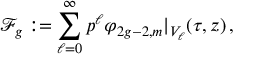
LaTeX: \mathcal { F } _ { g } : = \sum _ { \ell = 0 } ^ { \infty } p ^ { \ell } \varphi _ { 2 g - 2 , m } \vert _ { V _ { \ell } } ( \tau , z ) \, ,